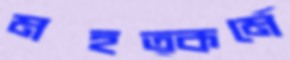
মহত্কর্মে